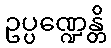
ဥပ္ပဏ္ဍေန္တိ